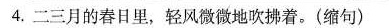
4.二三月的春日里，轻风微微地吹拂着。(缩句)